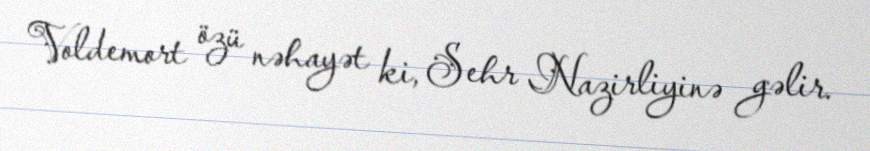
Voldemort özü nəhayət ki, Sehr Nazirliyinə gəlir.